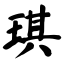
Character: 琪